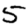
Digit: 5